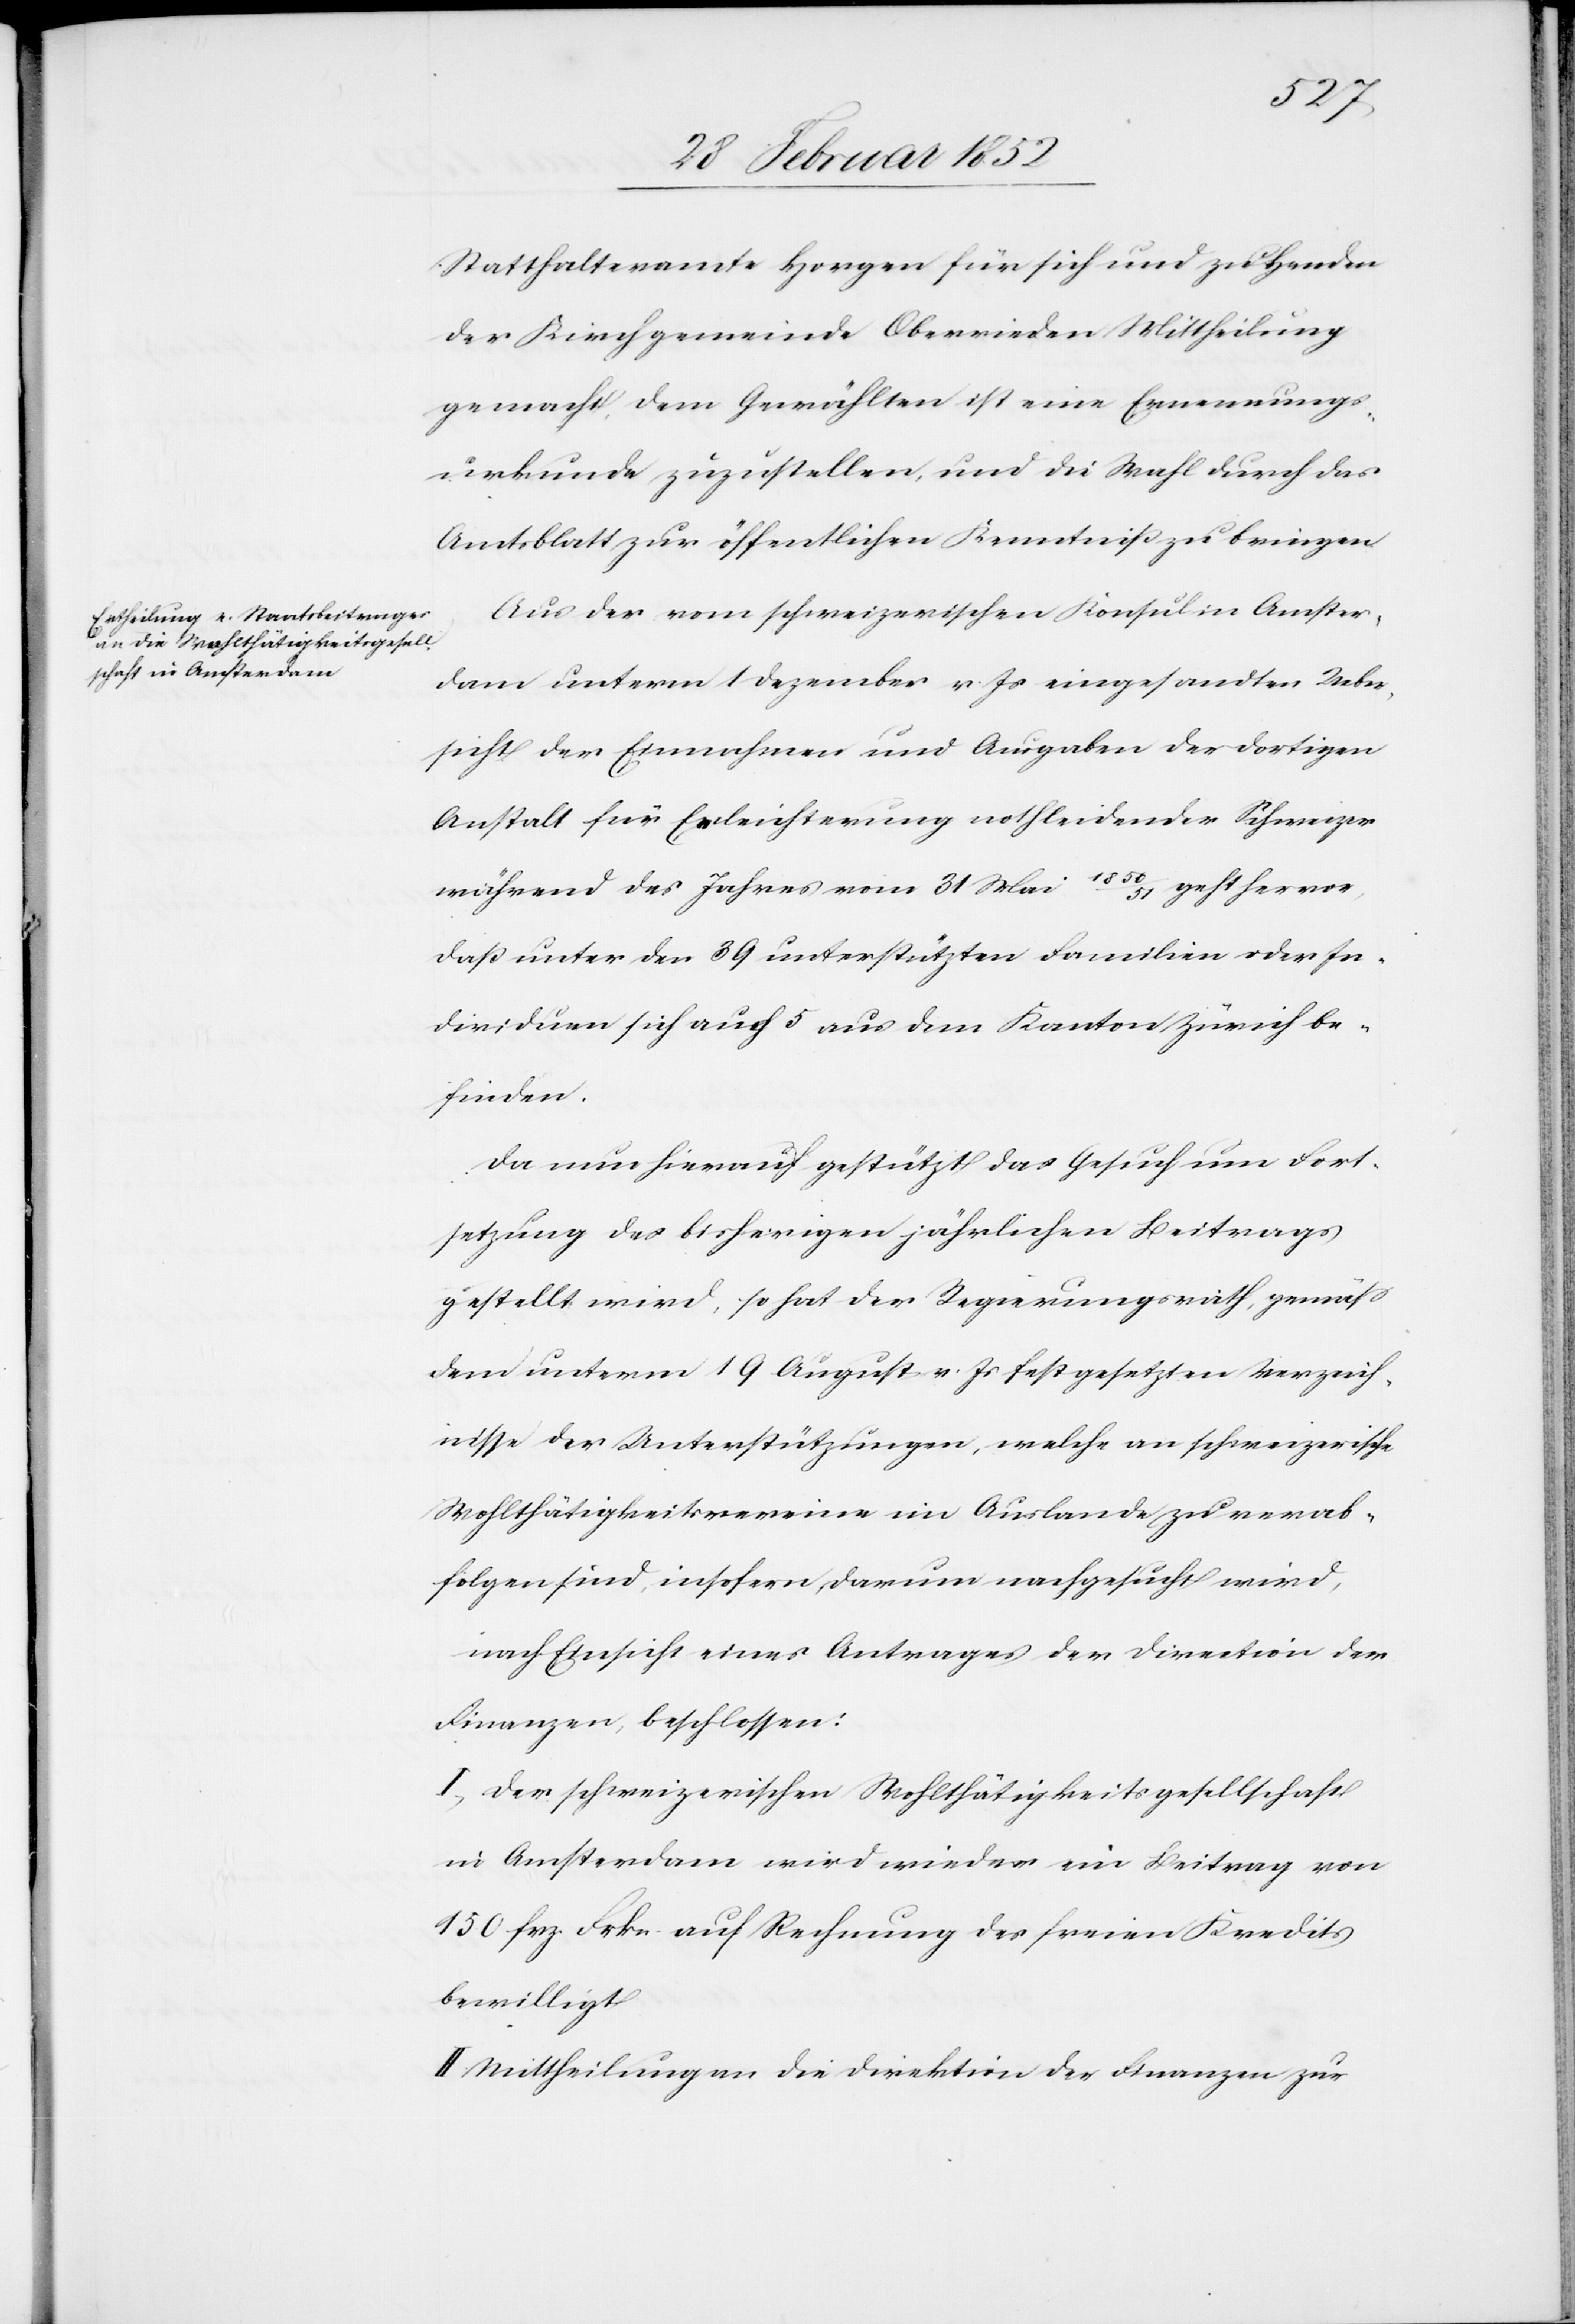
Statthalteramte Horgen für sich und zu Handen
der Kirchgemeinde Oberrieden Mittheilung
gemacht, dem Gewählten ist eine Ernennungs¬
urkunde zuzustellen und die Wahl durch das
Amtsblatt zur öffentlichen Kenntniß zu bringen.
Aus der vom schweizerischen Konsul in Amster¬
dam unterm 1 Dezember v. Js eingesandten Ueber¬
sicht der Einnahmen und Ausgaben der dortigen
Anstalt für Erleichterung nothleidender Schweizer
1850/51 geht hervor,
während des Jahres vom 31 Mai
daß unter den 39 unterstützten Familien oder In¬
dividuen sich auch 5 aus dem Kanton Zürich be¬
finden.
Da nun hierauf gestützt das Gesuch um Fort¬
setzung des bisherigen jährlichen Beitrags
gestellt wird, so hat der Regierungsrath, gemäß
dem unterm 19 August v. Js fest gesetzten Verzeich¬
nisse der Unterstützungen im Auslande zu verabfolgen sind,
nach Einsicht eines Antrages der Direction der
Finanzen, beschlossen:
I.) Der schweizerischen Wohlthätigkeitsgesellschaft
in Amsterdam wird wieder ein Beitrag von
150 frz. Frkn auf Rechnung des freien Kredits
bewilligt.
II. Mittheilung an die Direktion der Finanzen zur